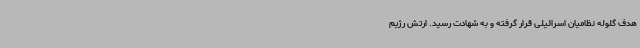
هدف گلوله نظامیان اسرائیلی قرار گرفته و به شهادت رسید. ارتش رژیم